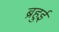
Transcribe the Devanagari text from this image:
ब्रहुई